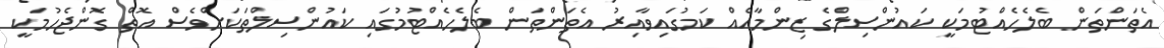
އެތަންތަން ބެލެހެއްޓުމަކީ ކައުންސިލްގެ ޒިންމާއެއް ކަމުގައިވާއިރު އެތަންތަން ބެލެހެއްޓުމުގައި ކައުންސިލްތަކަށްވެސް އޮތް ގޮންޖެހުމަކީ